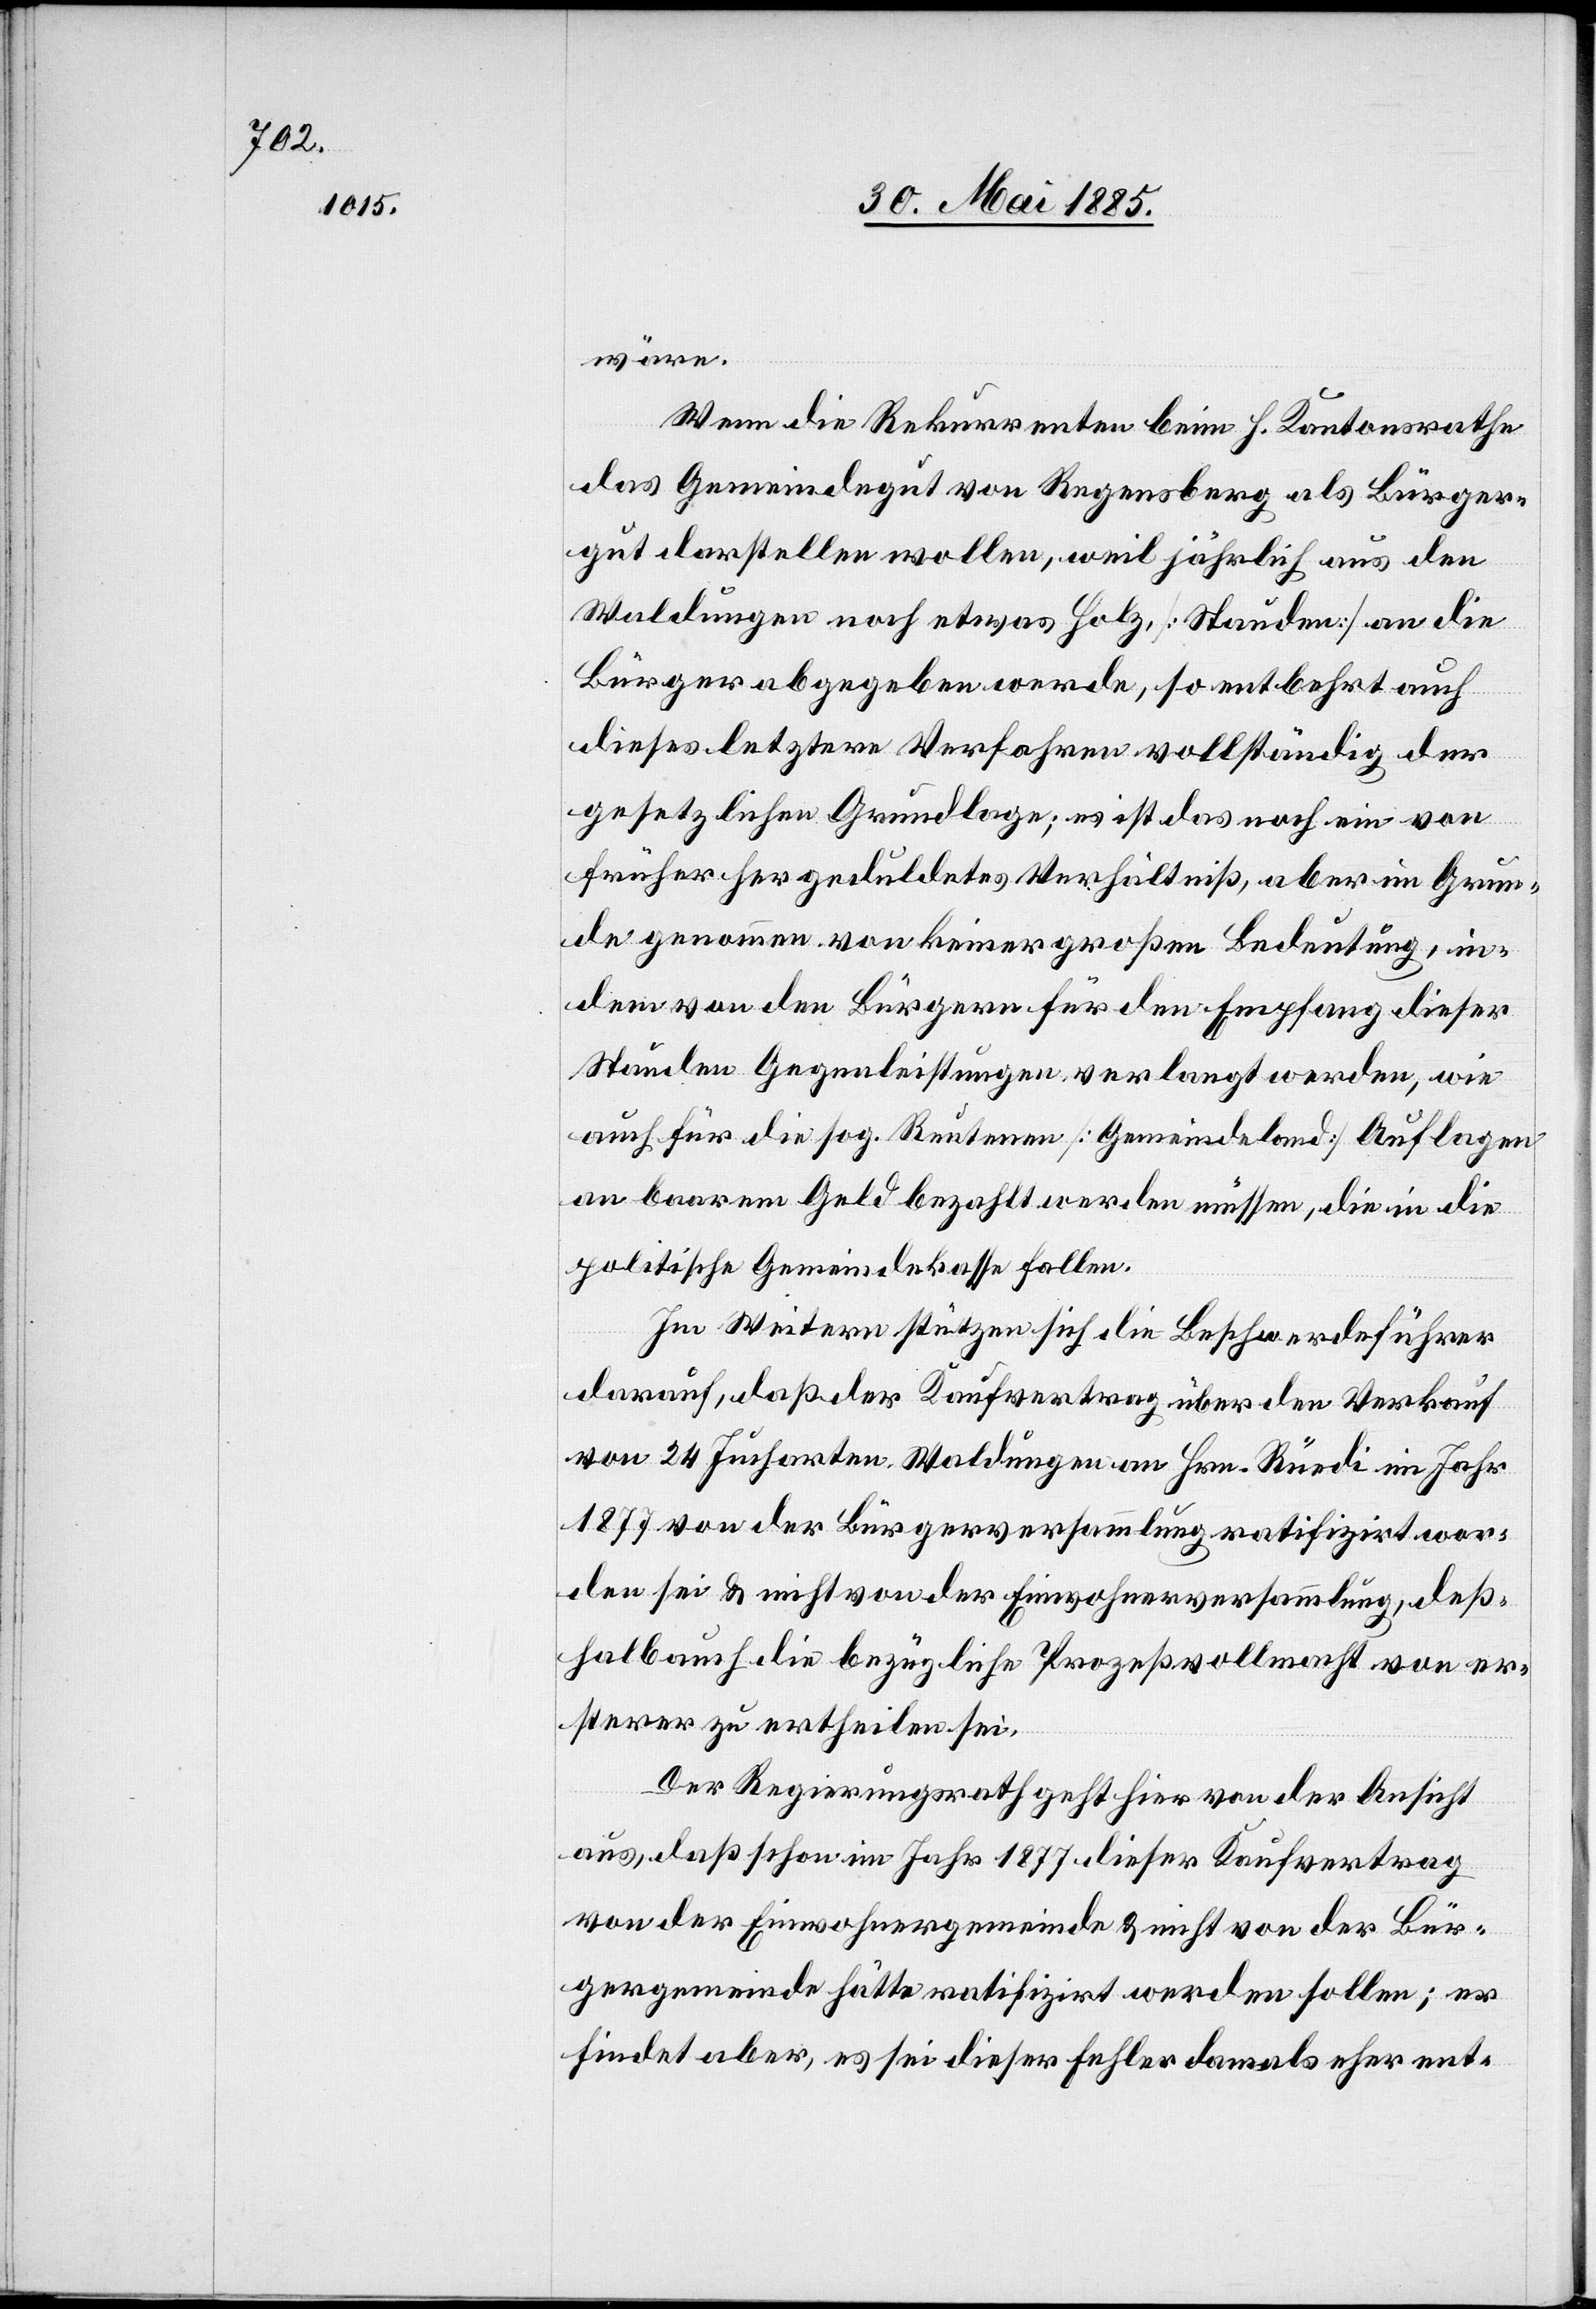
wäre.
Wenn die Rekurrenten beim h. Kantonsrathe
das Gemeindegut von Regensberg als Bürger¬
gut darstellen wollen, weil jährlich aus den
Waldungen noch etwas Holz [Stauden] an die
Bürger abgegeben werde, so entbehrt auch
dieses letztere Verfahren vollständig der
gesetzlichen Grundlage; es ist das noch ein von
früher her geduldetes Verhältniß, aber im Grun¬
de genommen von keiner großen Bedeutung, in¬
dem von den Bürgern für den Empfang dieser
an baarem Geld bezahlt werden müssen, die in die
politische Gemeindekasse fallen.
Im Weitern stützen sich die Beschwerdeführer
darauf, daß der Kaufvertrag über den Verkauf
von 24 Jucharten Waldungen an Hrn. Rüedi im Jahr
1877 von der Bürgerversammlung ratifizirt wor¬
den sei & nicht von der Einwohnerversammlung, deß¬
halb auch die bezügliche Prozeßvollmacht von er¬
sterer zu ertheilen sei.
Bür¬
Der Regierungsrath geht hier von der Ansicht
aus, daß schon im Jahr 1877 dieser Kaufvertrag
gergemeinde hätte ratifizirt werden sollen; er
findet aber, es sei dieser Fehler damals eher ent-